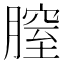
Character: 膣